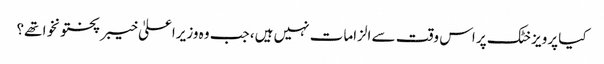
کیا پرویز خٹک پر اس وقت سے الزامات نہیں ہیں، جب وہ وزیراعلیٰ خیبر پختونخوا تھے؟